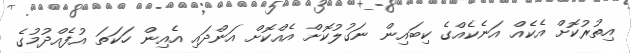
އިތުރުކޮށް އެކެއް އަނެކެއްގެ ކިބައިން ނަގުލުކޮށް އެއްކޮށް އަންދައި އެއިން ހަކަތަ އުފެއްދުމުގެ